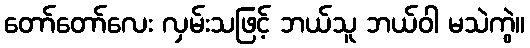
တော်တော်လေး လှမ်းသဖြင့် ဘယ်သူ ဘယ်ဝါ မသဲကွဲ။